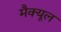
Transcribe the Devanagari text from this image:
मैक्यूल